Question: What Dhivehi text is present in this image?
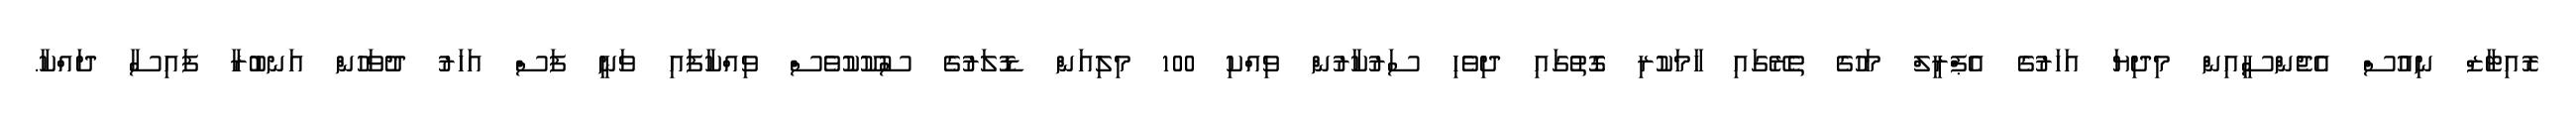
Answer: ރޮއިޓާޒް ނިއުސް އެޖެންސީއިން މިދިޔަ އަހަރުގެ އެޕްރީލް މަހުގެ ތެރޭގައި ހާމަކުރި ގޮތުގައި ދިވެހި ސަރުކާރުން ވިއްކި 100 މިލިއަން ޑޮލަރުގެ ސުކޫކުވެސް ވިއްކާފައި ވަނީ ފަސް އަހަރު ދުވަހުން އަނބުރާ ފައިސާ ދައްކާ.